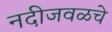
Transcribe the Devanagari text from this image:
नदीजवळचे